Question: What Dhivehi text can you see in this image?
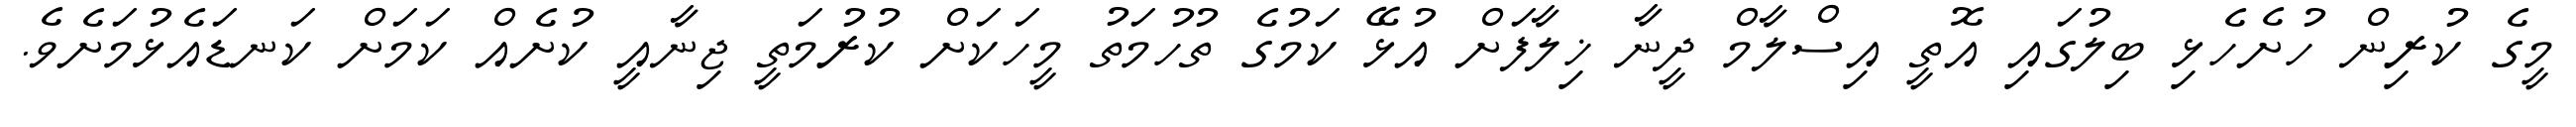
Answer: މީގެ ކުރިން ހުށެހެޅި ބިލުގައި އޮތީ އިސްލާމް ދީނާ ޚިލާފަށް އުޅޭ ކަމުގެ ތުހުމަތު މީހަކަށް ކުރުމަތީ ޖިނާއީ ކުށެއް ކަމަށް ކަނޑައެޅުމަށެވެ.